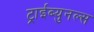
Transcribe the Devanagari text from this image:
ट्राईब्युनल्स